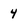
Character: 4